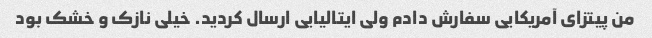
من پیتزاى آمریکایى سفارش دادم ولى ایتالیایى ارسال کردید. خیلى نازک و خشک بود